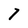
Character: 7